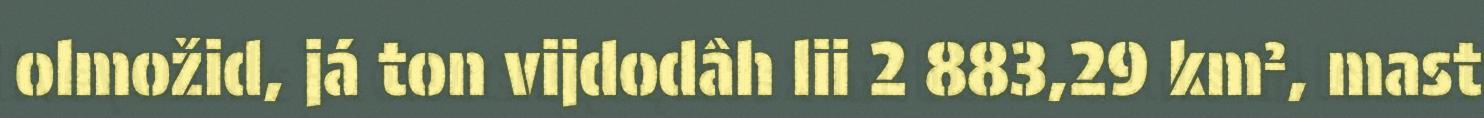
olmožid, já ton vijdodâh lii 2 883,29 km², mast